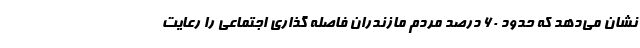
نشان می‌دهد که حدود ۶۰ درصد مردم مازندران فاصله گذاری اجتماعی را رعایت